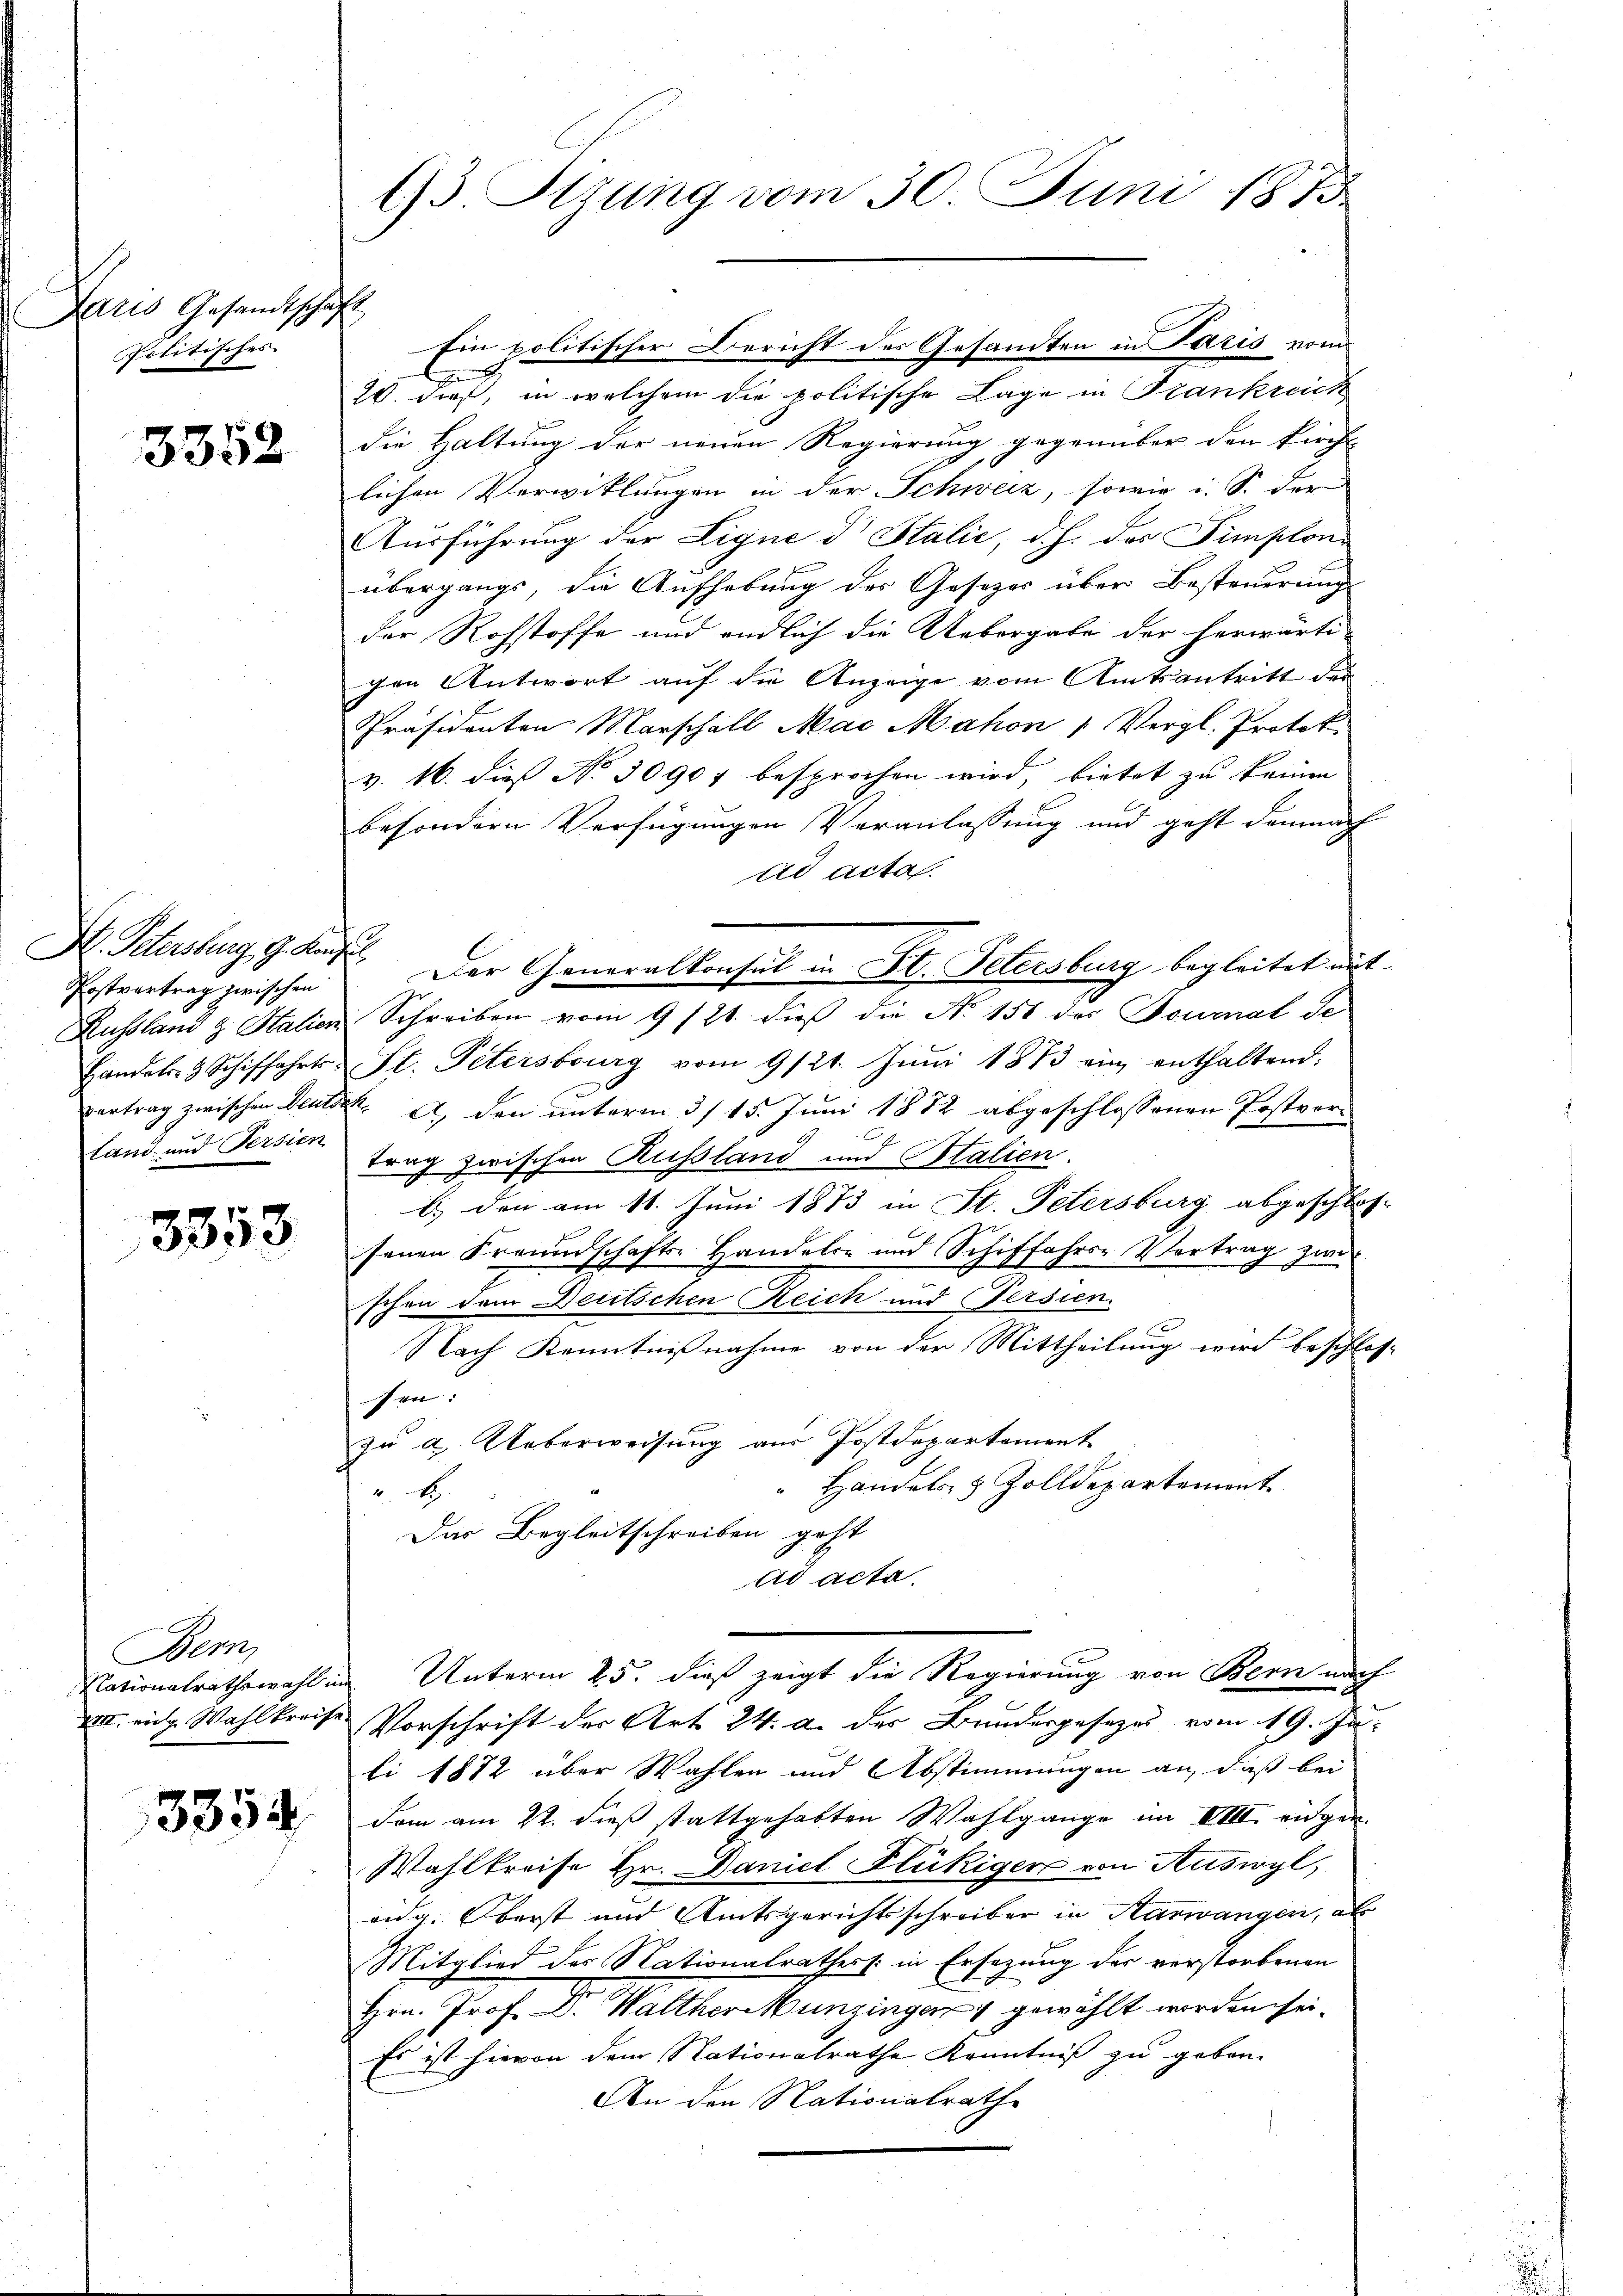
Laris Gesandtsche
Politisches.

3358

Dr. Schersburg, G. Konsul
Postvertrag zwischen
Russland & Stalien
Handels- & Schiffahrts:
vertrag zwischen Deutsa
land und Persien

3353

Bern,
Nationalrathswahl in
XIII. ein Wahlkreise

3354

13. Stzung vom 30. Juni 1875

s

Ein politischer Bericht des Gesandten in Paris vom
B
2. dieß, in welchem die politische Lage in Frankreich
die Haltung der neuen Regierung gegenüber den kirch
lichen Verwitlungen in der Schweiz, sowie u. S. der
Ausführung der Ligne d Stalić, d. h. des Simploni
übergangs, die Aufhebung des Gesezes über Besteuerung
der Rohstoffe und endlich die Uebergabe der herwärti-
gen Antwort auf die Anzeige vom Amtsantritt der
Präsidenten Marschall Mai Mahon 1 Vergl. Protok
v. 16. dieß No 30907 besprochen wird, bietet zu keinen
besondern Verfügungen Veranlassung und geht demnach
ad acta.
Schreiben vom 9/21. dieß die No 156 des Journal de
St. Petersburg vom 9/21. Jŭni 1873 ein enthaltend.
K. A. den unterm 3/ 15. Juni 1882 abgeschlossenen Postvertrag zwischen Russland und Stalien.
b.) den am 11. Juni 1873 in St. Petersburg abgeschlos-
senen Freundschafts- Handels- und Schiffahrs- Vertrag zwi
e
schon dem Deutschen Reich und (Persien.
Nach Kenntnißnahme von der Mittheilung wird beschlos-
sen:
zu a. Ueberweisung aus Postdepartement
Handels- & Zolldepartement
2
Das Begleitschreiben geht
ad acta.
Unterm 25. dieß zeigt die Regierung von Bern nach
Vorschrift des Art 24. d. der Bundesgesezes vom 19. Jubi 1882 über Wahlen und Abstimmungen an, daß bei
dom am 22. dieß stattgehabten Wahlgange im VIII. eidgen.
Wahlkreise Hr. Daniel Flückigen von Auswyl,
eidg. Oberst und Amtsgerichtsschreiber in Aarwangen, als
Mitglied des Nationalrathess: in Ersezung des verstorbenen
Hrn. Prof. Dr. Walther Munzingen gewählt worden sei.
Es ist hievon dem Stationalrathe Kenntniß zu geben.
An den Nationalrath

Der Generalkonsul in St. Petersburg begleitet mit